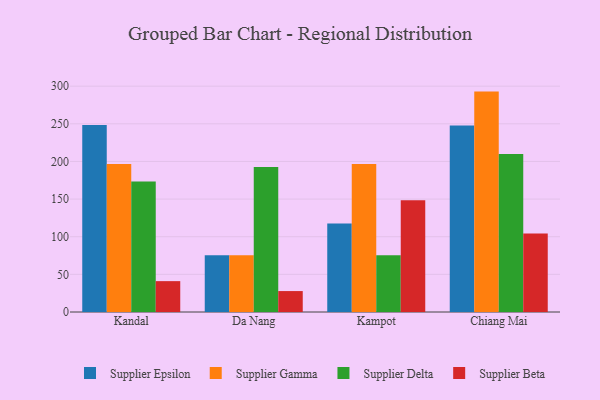
{"axis": {"x": "City", "y": "Gross Profit (USD K)"}, "legend": ["Supplier Beta", "Supplier Delta", "Supplier Epsilon", "Supplier Gamma"], "data": [{"x": "Kandal", "y": 248.4, "type": "Supplier Epsilon"}, {"x": "Kandal", "y": 196.6, "type": "Supplier Gamma"}, {"x": "Kandal", "y": 173.3, "type": "Supplier Delta"}, {"x": "Kandal", "y": 41.0, "type": "Supplier Beta"}, {"x": "Da Nang", "y": 75.3, "type": "Supplier Epsilon"}, {"x": "Da Nang", "y": 75.4, "type": "Supplier Gamma"}, {"x": "Da Nang", "y": 192.6, "type": "Supplier Delta"}, {"x": "Da Nang", "y": 27.8, "type": "Supplier Beta"}, {"x": "Kampot", "y": 117.7, "type": "Supplier Epsilon"}, {"x": "Kampot", "y": 196.7, "type": "Supplier Gamma"}, {"x": "Kampot", "y": 75.4, "type": "Supplier Delta"}, {"x": "Kampot", "y": 148.5, "type": "Supplier Beta"}, {"x": "Chiang Mai", "y": 247.7, "type": "Supplier Epsilon"}, {"x": "Chiang Mai", "y": 292.8, "type": "Supplier Gamma"}, {"x": "Chiang Mai", "y": 209.8, "type": "Supplier Delta"}, {"x": "Chiang Mai", "y": 104.4, "type": "Supplier Beta"}]}